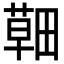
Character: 𦹸